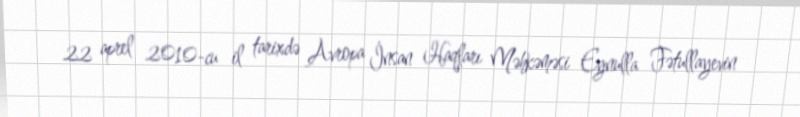
22 aprel 2010-cu il tarixdə Avropa İnsan Haqları Məhkəməsi Eynulla Fətullayevin